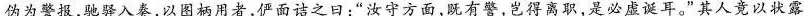
伪为警报，驰驿入奏，以图柄用者，俨面诘之日：”汝守方面，既有警，岂得离职，是必虚诞耳。”其人竞以状露